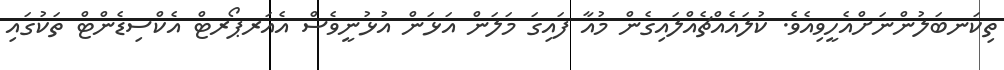
ތިކަނބަލުންނަށްއެހީވިއެވެ. ކުލައެއްޗެއްލައިގެން މުއާ ފައިގަ މަލަން އަޅަން އުޅުނީވެސް އެއަރޕޯރޓް އެކްސިޑެންޓް ތަކުގައި